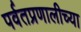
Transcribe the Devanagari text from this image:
पर्वतप्रणालीच्या